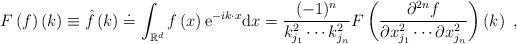
LaTeX: \begin{align*}F\left( f\right) \left( k\right) \equiv \hat{f}\left( k\right) \doteq \int_{\mathbb{R}^{d}}f\left( x\right) \mathrm{e}^{-ik\cdot x}\mathrm{d}x=\frac{(-1)^{n}}{k_{j_{1}}^{2}\cdots k_{j_{n}}^{2}}F\left( \frac{\partial ^{2n}f}{\partial x_{j_{1}}^{2}\cdots \partial x_{j_{n}}^{2}}\right) \left( k\right)\ , \end{align*}